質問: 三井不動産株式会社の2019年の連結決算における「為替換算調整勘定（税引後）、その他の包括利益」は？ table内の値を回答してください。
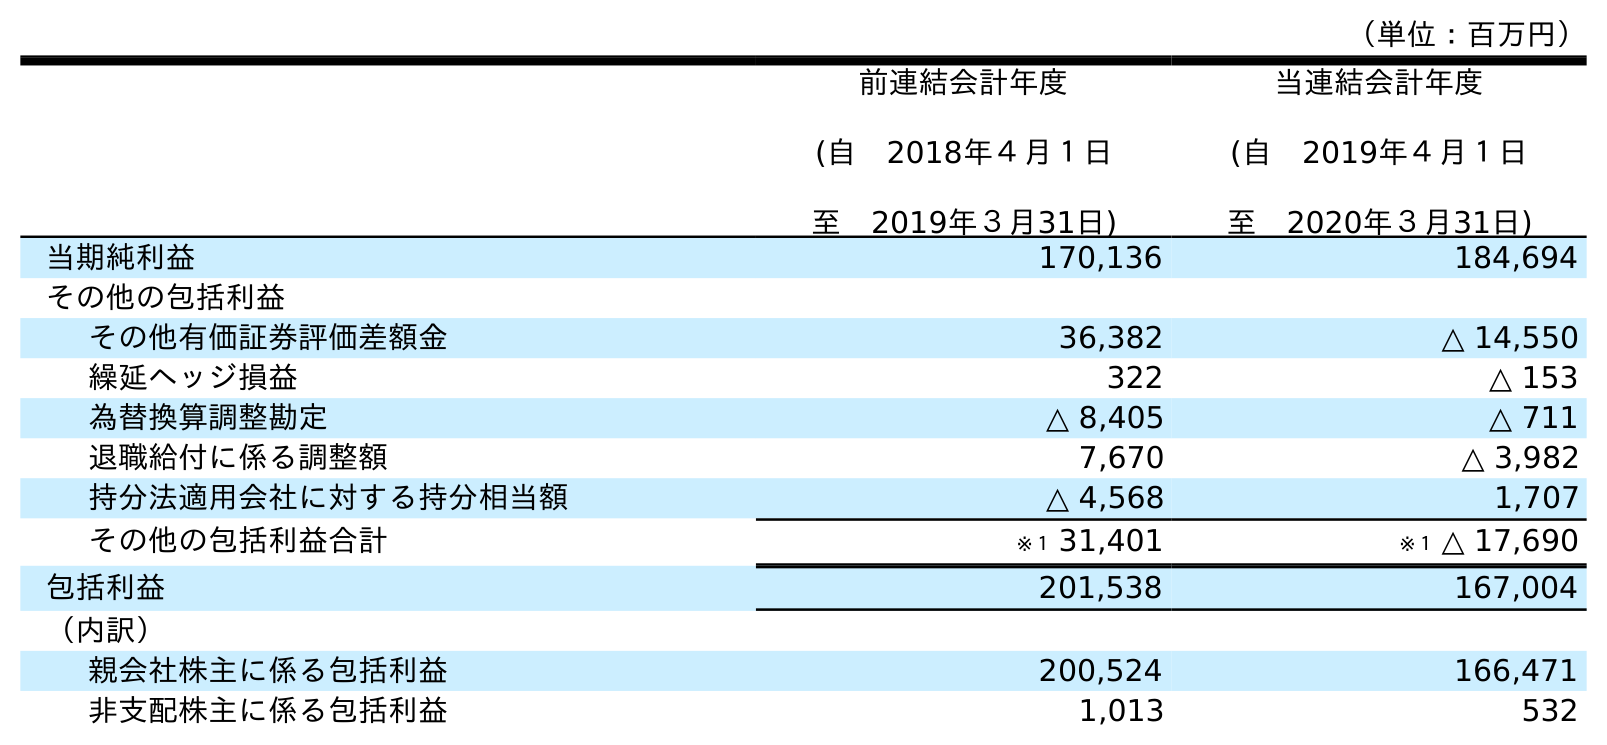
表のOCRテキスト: （単位：百万円） 前連結会計年度 (自 2018年４月１日 至 2019年３月31日) 当連結会計年度 (自 2019年４月１日 至 2020年３月31日) 当期純利益 170,136 184,694 その他の包括利益 その他有価証券評価差額金 36,382 △ 14,550 繰延ヘッジ損益 322 △ 153 為替換算調整勘定 △ 8,405 △ 711 退職給付に係る調整額 7,670 △ 3,982 持分法適用会社に対する持分相当額 △ 4,568 1,707 その他の包括利益合計 ※１ 31,401 ※１ △ 17,690 包括利益 201,538 167,004 （内訳） 親会社株主に係る包括利益 200,524 166,471 非支配株主に係る包括利益 1,013 532
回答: △8,405